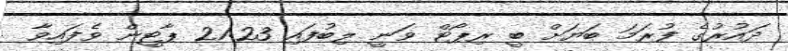
ދައުރުގެ ފުރަމަ ބަޔަށް ބީ ރިޕޯޓް ވަނީ ލިބުފައި 21:23 ޕާޓީން ވެފައިވާ